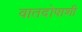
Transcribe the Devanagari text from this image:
वातदोषाशी